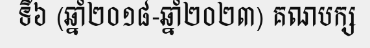
ទី៦ (ឆ្នាំ២០១៨-ឆ្នាំ២០២៣) គណបក្ស